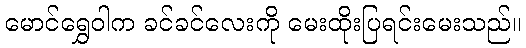
မောင်ရွှေဝါက ခင်ခင်လေးကို မေးထိုးပြရင်းမေးသည်။